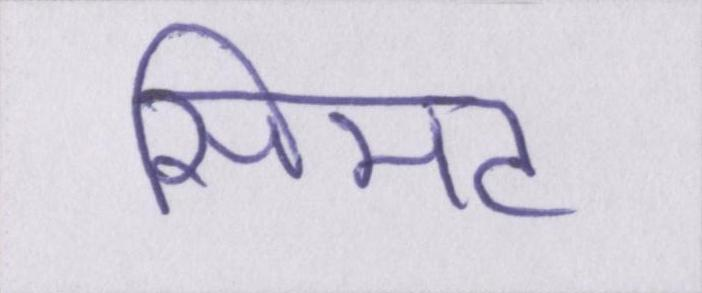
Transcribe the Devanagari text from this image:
सिमट